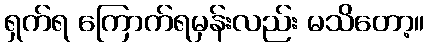
ရှက်ရ ကြောက်ရမှန်းလည်း မသိတော့။